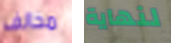
مخالف لنهاية